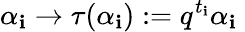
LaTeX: \alpha_{\mathbf{i}}\rightarrow\tau(\alpha_{\mathbf{i}}):=q^{t_{\mathbf{i}}}\alpha_{\mathbf{i}}\;